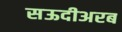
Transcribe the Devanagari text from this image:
सऊदीअरब